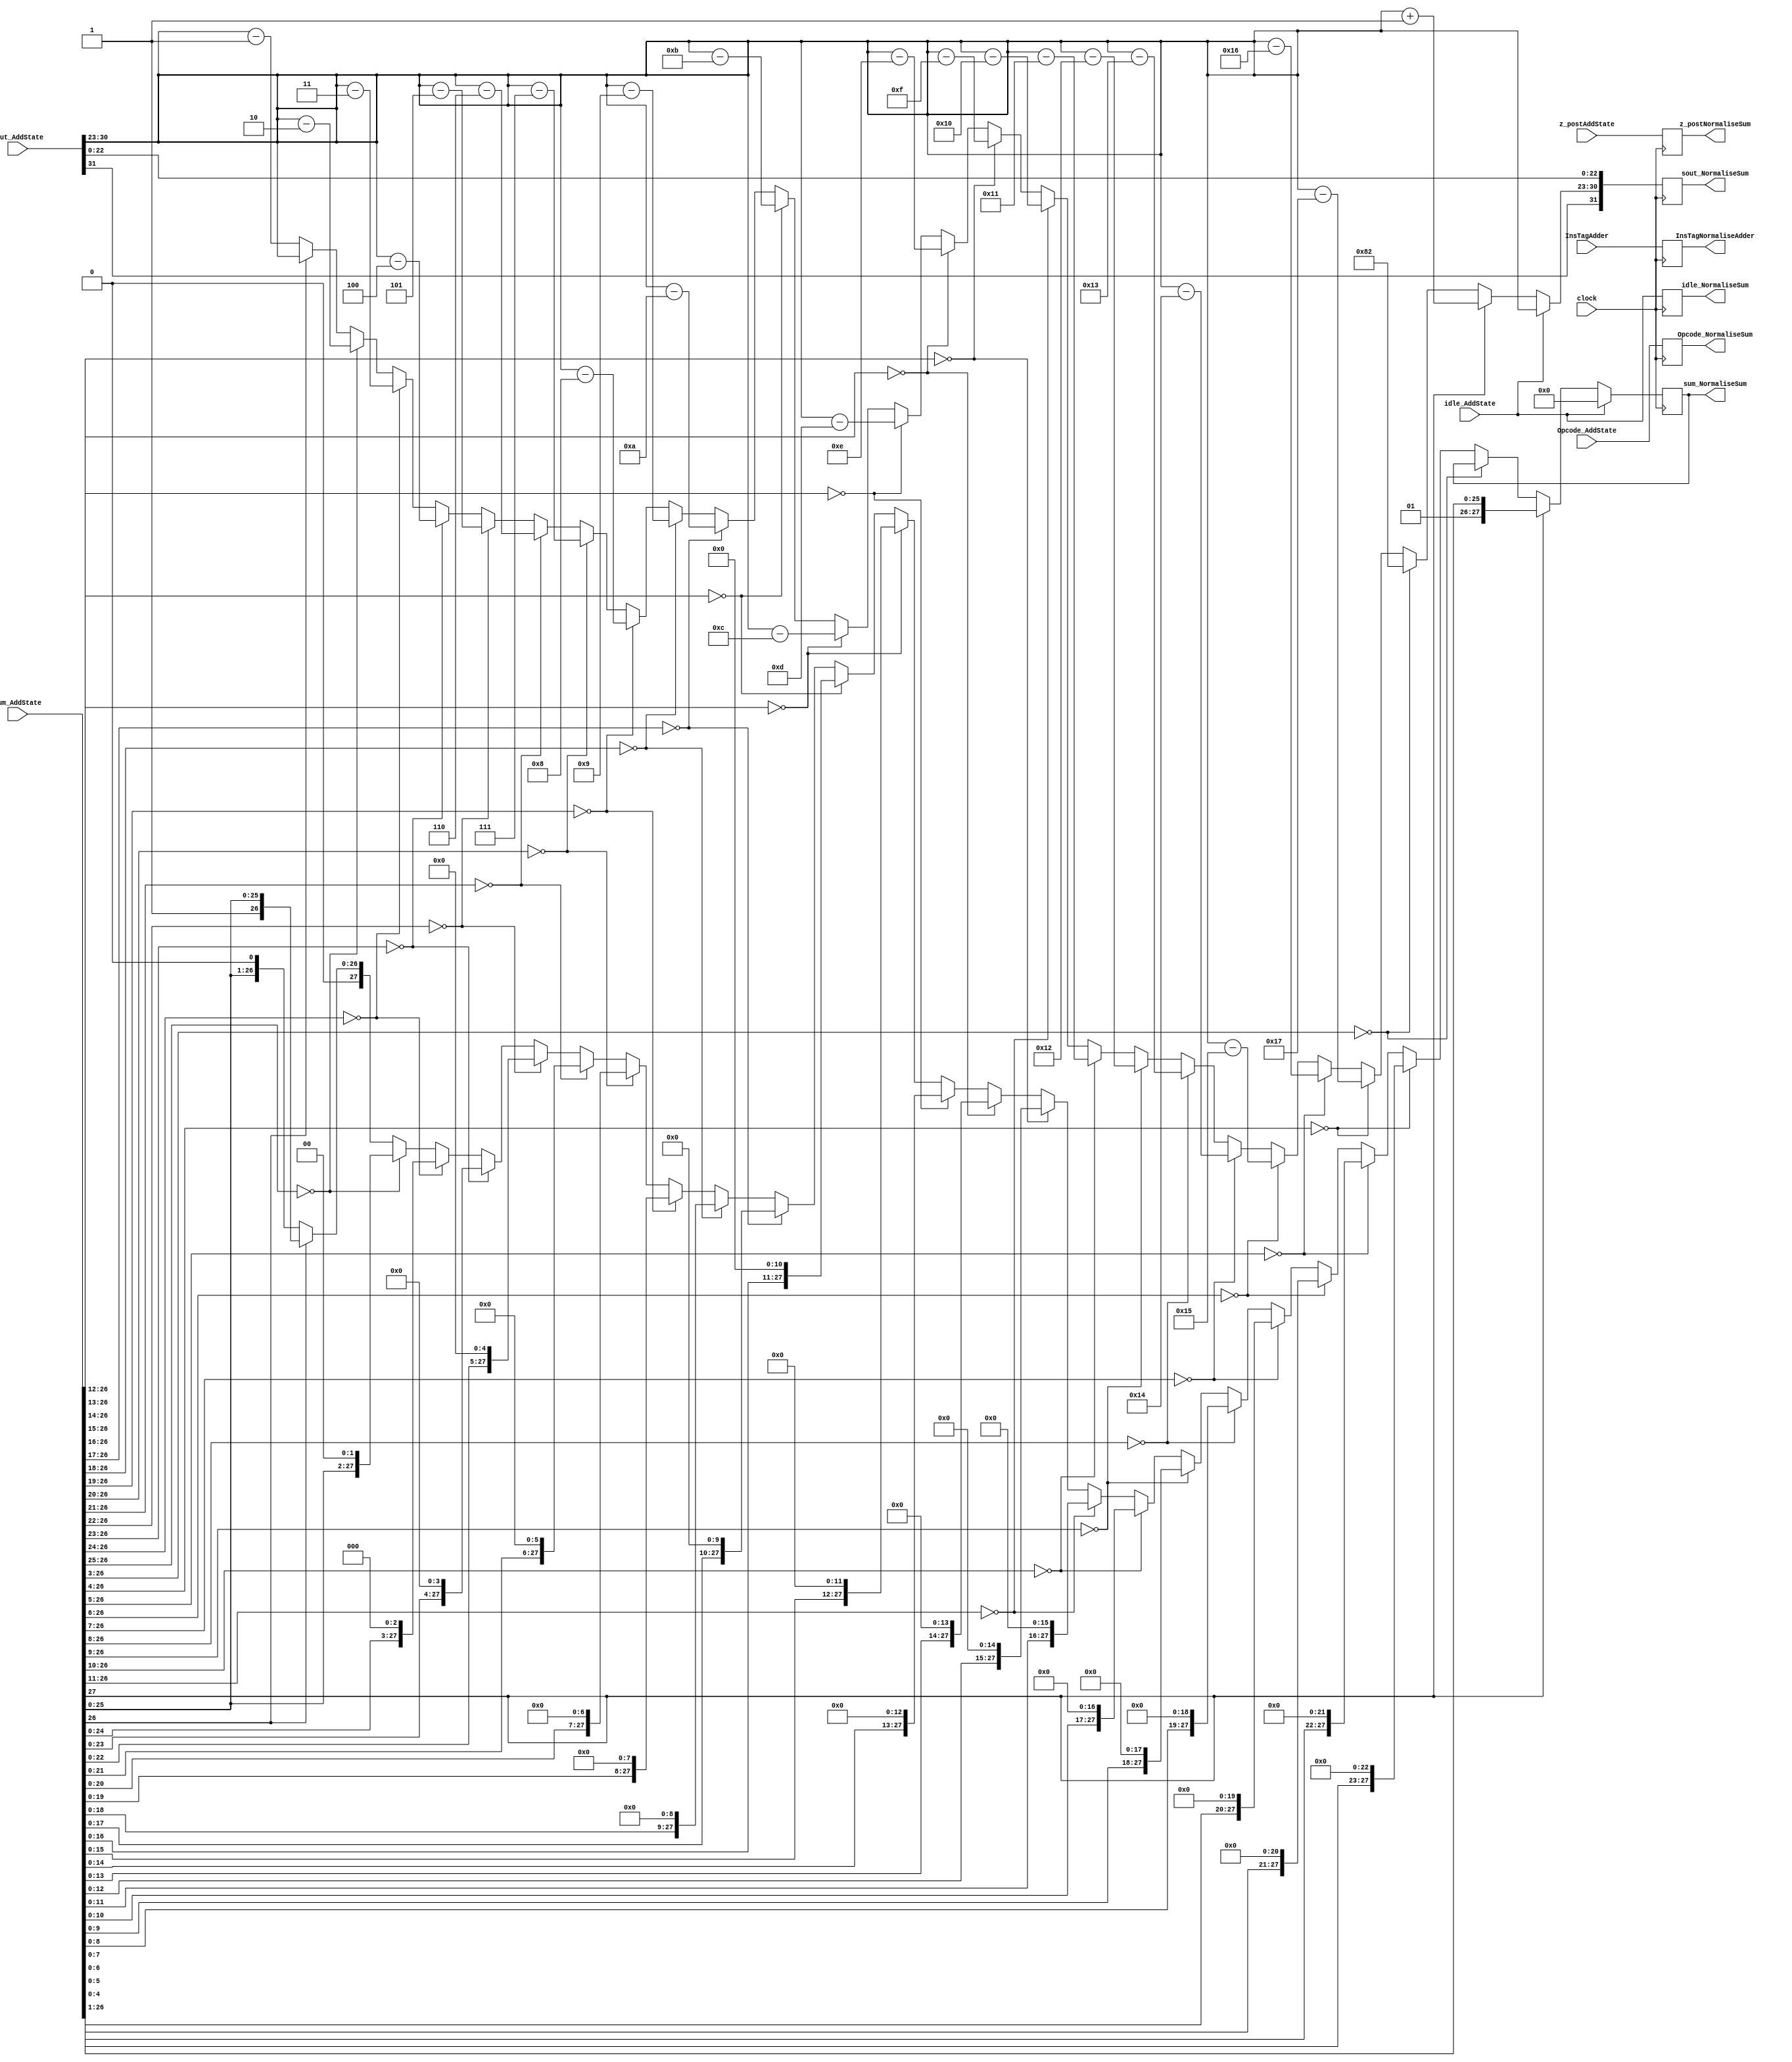
module NormaliseAdderProcess(
	input [31:0] z_postAddState,
	input [3:0] Opcode_AddState,
	input idle_AddState,
	input [31:0] sout_AddState,
	input [27:0] sum_AddState,
	input [7:0] InsTagAdder,
	input clock,
	output reg idle_NormaliseSum,
	output reg [31:0] sout_NormaliseSum,
	output reg [27:0] sum_NormaliseSum,
	output reg [3:0] Opcode_NormaliseSum,
	output reg [31:0] z_postNormaliseSum,
	output reg [7:0] InsTagNormaliseAdder
    );

parameter no_idle = 1'b0,
			 put_idle = 1'b1;

wire [7:0] s_exponent;

assign s_exponent = sout_AddState[30:23];

parameter sin_cos		= 4'd0,
			 sinh_cosh	= 4'd1,
			 arctan		= 4'd2,
			 arctanh		= 4'd3,
			 exp			= 4'd4,
			 sqr_root   = 4'd5,			// Pre processed input is given 4'd11
												// This requires pre processing. x = (a+1)/2 and y = (a-1)/2
			 division	= 4'd6,
			 tan			= 4'd7,			// This is iterative. sin_cos followed by division.
			 tanh			= 4'd8,			// This is iterative. sinh_cosh followed by division.
			 nat_log		= 4'd9,			// This requires pre processing. x = (a+1) and y = (a-1)
			 hypotenuse = 4'd10,
			 PreProcess = 4'd11;

always @ (posedge clock)
begin
	
	InsTagNormaliseAdder <= InsTagAdder;
	z_postNormaliseSum <= z_postAddState;
	Opcode_NormaliseSum <= Opcode_AddState;
	
	//if(Opcode_AddState == PreProcess) begin
	
	idle_NormaliseSum <= idle_AddState;
	
	if (idle_AddState != put_idle) begin
			
			sout_NormaliseSum[31] <= sout_AddState[31];
			sout_NormaliseSum[22:0] <= sout_AddState[22:0];
			
			if (sum_AddState[27] == 1'b1) begin
				sout_NormaliseSum[30:23] <= s_exponent + 1;
				sum_NormaliseSum <= sum_AddState >> 1;
			end

			else if(sum_AddState[26:3] == 24'h000000) begin
				sout_NormaliseSum[30:23] <= 10'h382;
			end
			
			else if (sum_AddState[26:4] == 23'h000000) begin
				sout_NormaliseSum[30:23] <= s_exponent - 23;
				sum_NormaliseSum <= sum_AddState << 23;
			end
			
			else if (sum_AddState[26:5] == 22'h000000) begin
				sout_NormaliseSum[30:23] <= s_exponent - 22;
				sum_NormaliseSum <= sum_AddState << 22;			
			end
			
			else if (sum_AddState[26:6] == 21'h000000) begin
				sout_NormaliseSum[30:23] <= s_exponent - 21;
				sum_NormaliseSum <= sum_AddState << 21;			
			end
			
			else if (sum_AddState[26:7] == 20'h00000) begin
				sout_NormaliseSum[30:23] <= s_exponent - 20;
				sum_NormaliseSum <= sum_AddState << 20;			
			end
			
			else if (sum_AddState[26:8] == 19'h00000) begin
				sout_NormaliseSum[30:23] <= s_exponent - 19;
				sum_NormaliseSum <= sum_AddState << 19;			
			end

			else if (sum_AddState[26:9] == 18'h00000) begin
				sout_NormaliseSum[30:23] <= s_exponent - 18;
				sum_NormaliseSum <= sum_AddState << 18;			
			end

			else if (sum_AddState[26:10] == 17'h00000) begin
				sout_NormaliseSum[30:23] <= s_exponent - 17;
				sum_NormaliseSum <= sum_AddState << 17;			
			end

			else if (sum_AddState[26:11] == 16'h0000) begin
				sout_NormaliseSum[30:23] <= s_exponent - 16;
				sum_NormaliseSum <= sum_AddState << 16;			
			end

			else if (sum_AddState[26:12] == 15'h0000) begin
				sout_NormaliseSum[30:23] <= s_exponent - 15;
				sum_NormaliseSum <= sum_AddState << 15;			
			end

			else if (sum_AddState[26:13] == 14'h0000) begin
				sout_NormaliseSum[30:23] <= s_exponent - 14;
				sum_NormaliseSum <= sum_AddState << 14;			
			end

			else if (sum_AddState[26:14] == 13'h0000) begin
				sout_NormaliseSum[30:23] <= s_exponent - 13;
				sum_NormaliseSum <= sum_AddState << 13;			
			end

			else if (sum_AddState[26:15] == 12'h000) begin
				sout_NormaliseSum[30:23] <= s_exponent - 12;
				sum_NormaliseSum <= sum_AddState << 12;			
			end

			else if (sum_AddState[26:16] == 11'h000) begin
				sout_NormaliseSum[30:23] <= s_exponent - 11;
				sum_NormaliseSum <= sum_AddState << 11;			
			end

			else if (sum_AddState[26:17] == 10'h000) begin
				sout_NormaliseSum[30:23] <= s_exponent - 10;
				sum_NormaliseSum <= sum_AddState << 10;			
			end

			else if (sum_AddState[26:18] == 9'h0000) begin
				sout_NormaliseSum[30:23] <= s_exponent - 9;
				sum_NormaliseSum <= sum_AddState << 9;			
			end

			else if (sum_AddState[26:19] == 8'h00) begin
				sout_NormaliseSum[30:23] <= s_exponent - 8;
				sum_NormaliseSum <= sum_AddState << 8;			
			end

			else if (sum_AddState[26:20] == 7'h00) begin
				sout_NormaliseSum[30:23] <= s_exponent - 7;
				sum_NormaliseSum <= sum_AddState << 7;			
			end

			else if (sum_AddState[26:21] == 6'h00) begin
				sout_NormaliseSum[30:23] <= s_exponent - 6;
				sum_NormaliseSum <= sum_AddState << 6;			
			end

			else if (sum_AddState[26:22] == 5'h00) begin
				sout_NormaliseSum[30:23] <= s_exponent - 5;
				sum_NormaliseSum <= sum_AddState << 5;			
			end

			else if (sum_AddState[26:23] == 4'h0) begin
				sout_NormaliseSum[30:23] <= s_exponent - 4;
				sum_NormaliseSum <= sum_AddState << 4;			
			end

			else if (sum_AddState[26:24] == 3'h0) begin
				sout_NormaliseSum[30:23] <= s_exponent - 3;
				sum_NormaliseSum <= sum_AddState << 3;			
			end

			else if (sum_AddState[26:25] == 2'h0) begin
				sout_NormaliseSum[30:23] <= s_exponent - 2;
				sum_NormaliseSum <= sum_AddState << 2;			
			end

			else if (sum_AddState[26] == 1'h0) begin
				sout_NormaliseSum[30:23] <= s_exponent - 1;
				sum_NormaliseSum <= sum_AddState << 1;			
			end
				
			else begin
				sout_NormaliseSum[30:23] <= s_exponent;
				sum_NormaliseSum <= sum_AddState;
			end
	end
	
	else begin
		sout_NormaliseSum <= sout_AddState;
		sum_NormaliseSum <= 0;
	end
	
	//end
end

endmodule